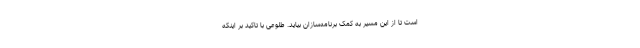
است تا از این مسیر به کمک برنامه‌سازان بیاید. طلوعی با تاکید بر اینکه